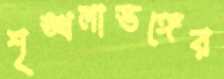
শৃঙ্খলাভঙ্গের